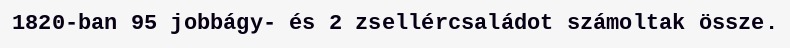
1820-ban 95 jobbágy- és 2 zsellércsaládot számoltak össze.